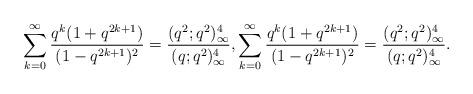
LaTeX: \begin{align*} \sum_{k=0}^{\infty} \frac{q^k(1+q^{2k+1})}{(1-q^{2k+1})^{2}} = \frac{(q^{2}; q^{2})_{\infty}^{4}}{(q;q^{2})_{\infty}^{4}}, \sum_{k=0}^\infty\dfrac{q^k(1+q^{2k+1})}{(1-q^{2k+1})^2}=\dfrac{(q^2;q^2)_\infty^4}{(q;q^2)_\infty^4}. \end{align*}